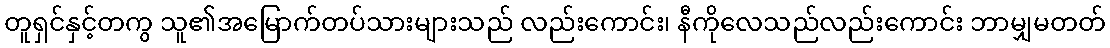
တူရှင်နှင့်တကွ သူ၏အမြောက်တပ်သားများသည် လည်းကောင်း၊ နီကိုလေသည်လည်းကောင်း ဘာမျှမတတ်